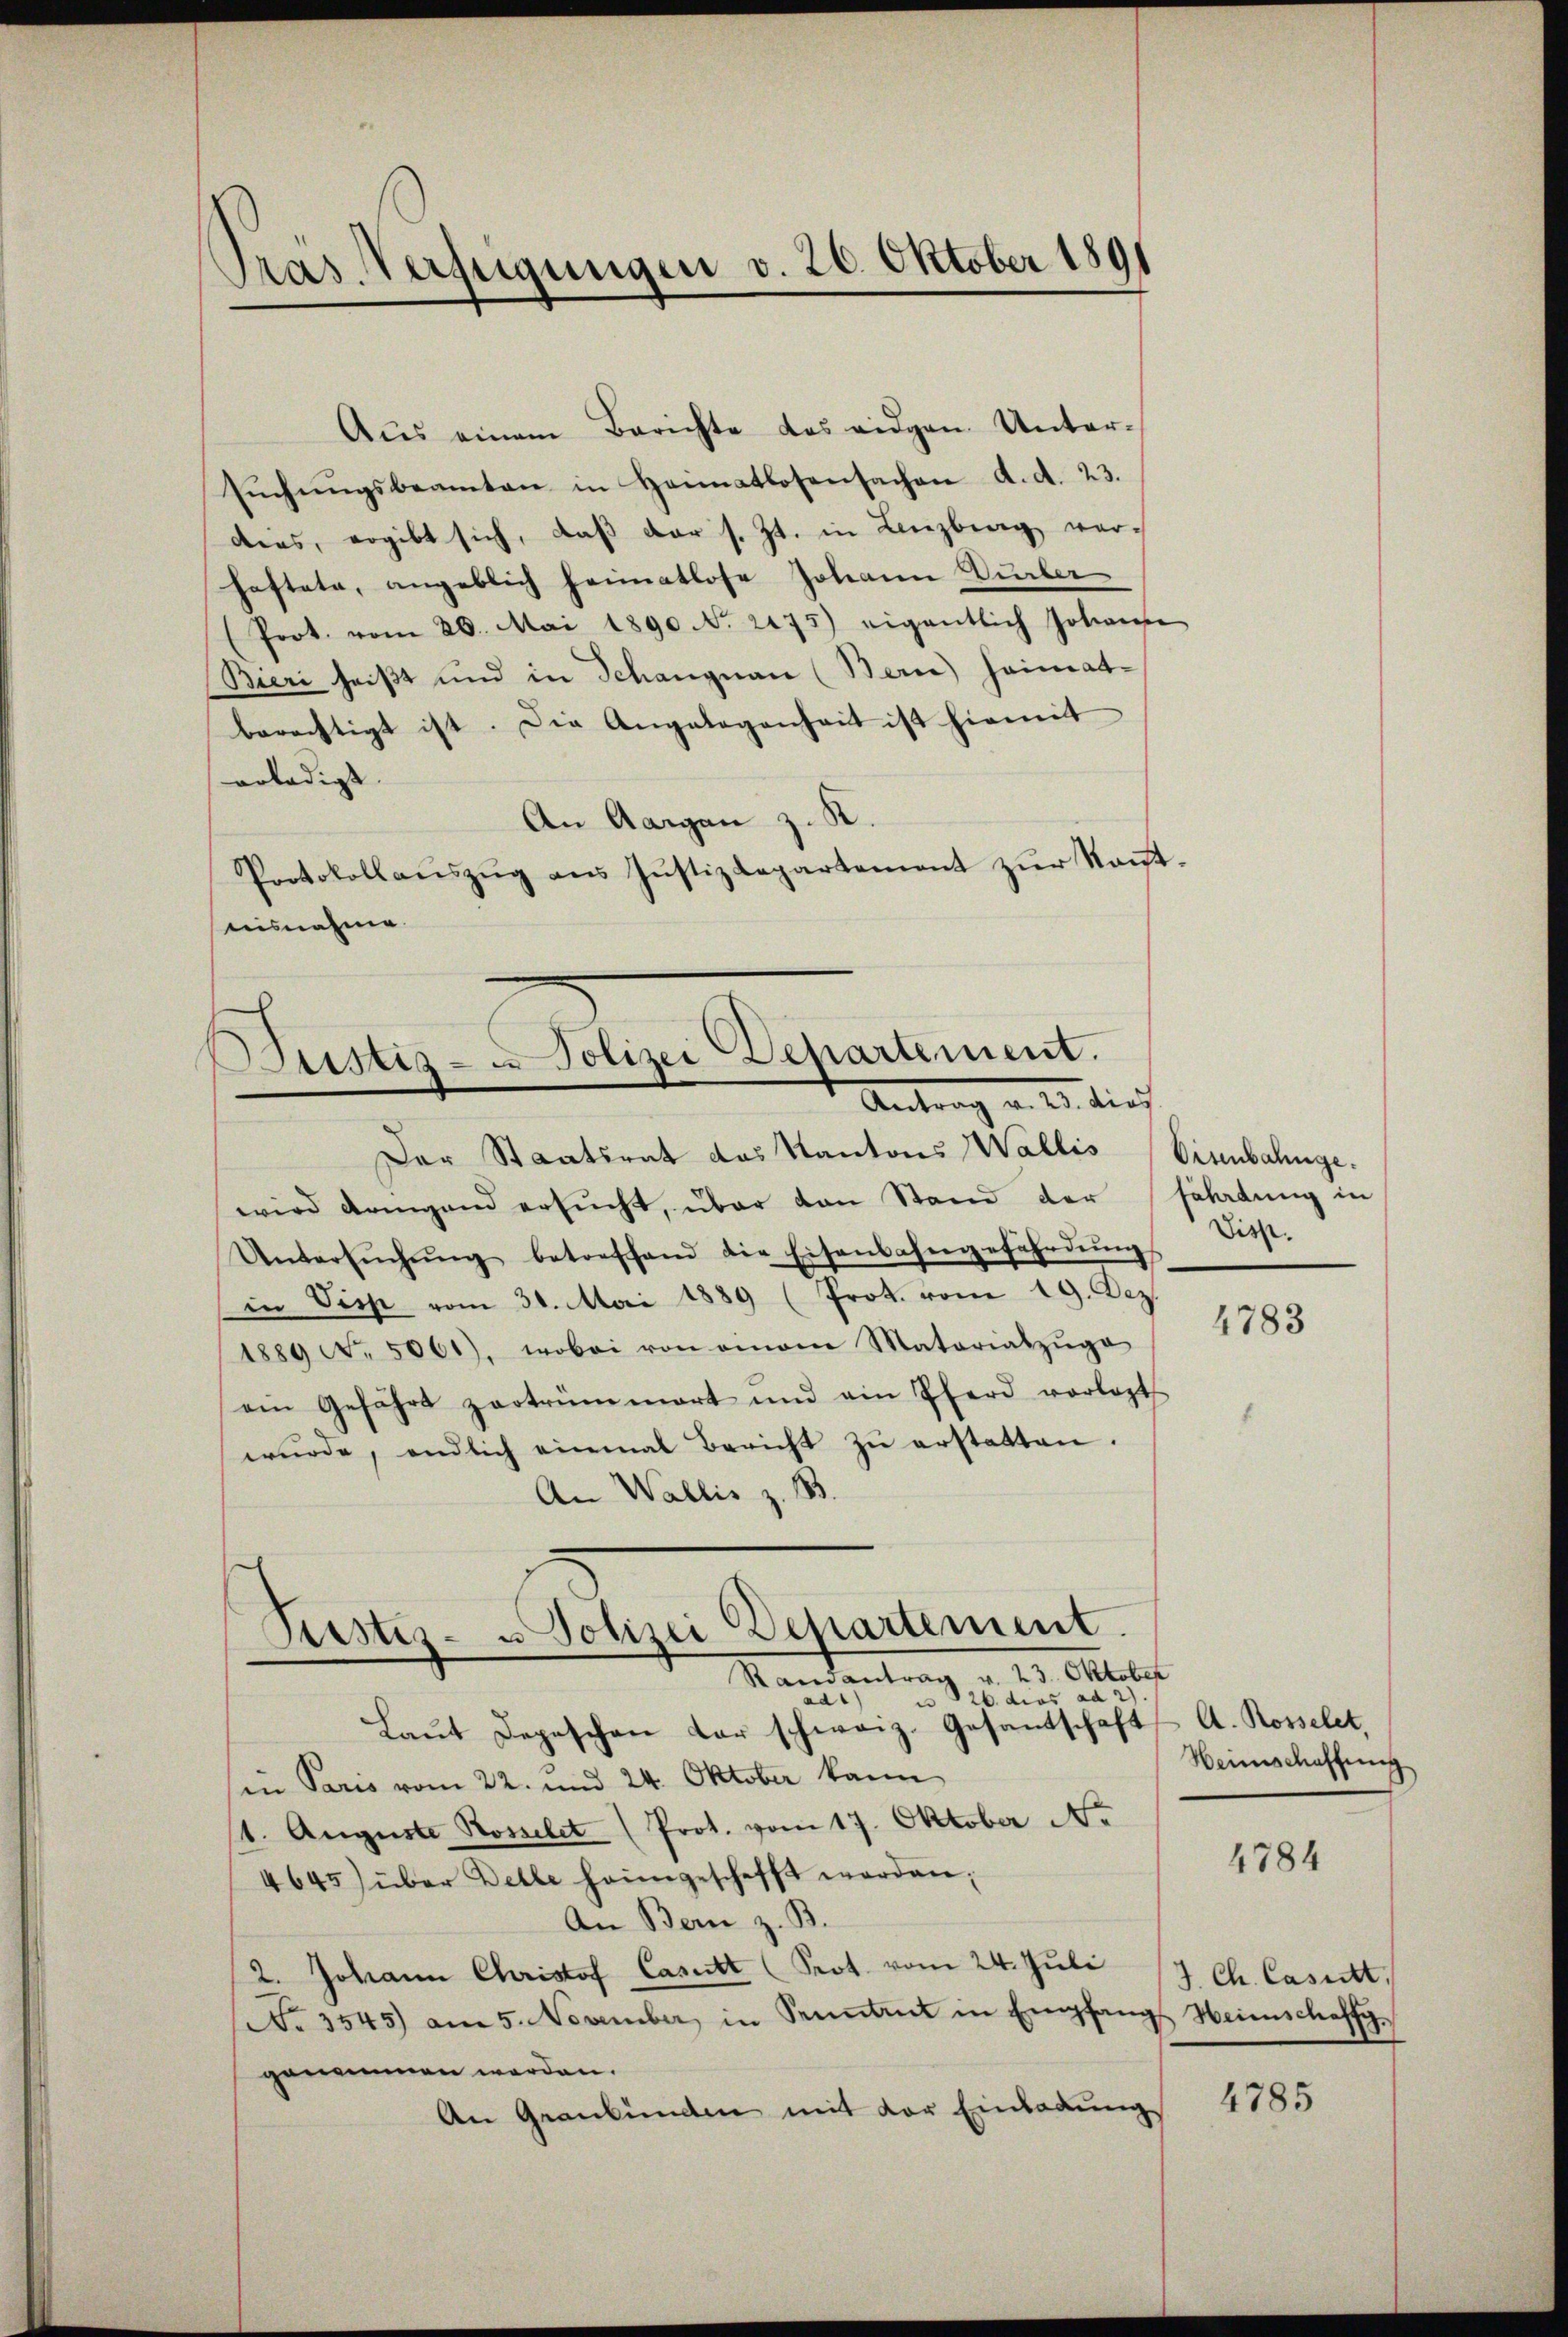
Tras Verfügungen v. 20. Oktober 1891

Aus einem Berichte des eidgen. Untersŭchŭngsbeamten in Heimatlosensachen d. d. 23.
dies, ergibt sich, daβ der s. Zt. in Lenzberg verhaftete, angeblich heimatlose Johann Durber
(Prot. vom 26. Mai 1890 No. 2075) eigentlich Johann
Bieri heißt und in Schangnau (Bern) Heimat-
berechtigt ist. Die Angelegenheit ist hiemit
erledigt.
An Aargau z. K.
Protokollaŭszŭg ans Justizdepartement zŭr Kaŭt-
ausnahme

Bustiz- u Polizei Departement.
Antrag v. 15. dies

Der Staatsrat das Kantons Wallis (Eisenbahngewird dringend ersucht, über den Stand der Feldung in
Untersŭchŭng betreffend die Eisenbahngefährdŭng desst.
in Disse vom 31. Mai 1889 (Prot. vom 19. Dez.
1889 No. 5061), wobei von einem Matariatzŭge
ein Gefährt zertrümmert und ain Pferd vorlegt
wŭrde, endlich einmal bericht zŭ erstatten.
An Wallis z. B.
26. dies ad 2.
)

Laŭt Depeschen der schweiz. Gesantschaft A. Rosselet,
sen Paris vom 22. und 24. Oktober kann
/1. Auguste Homelet (Prot. vom 17. Oktober Nr.
4645) über Delle heimgeschafft worden;
An Bern z. B.
2. Johann Christof Casett (Prot. vom 24. Juli
s. 3545) am 5. November in Sonntent in Empfangs Heimschaffgenommen werden.
An Graubünden mit der Einladung

Pustes- u Polizei Departement.
Randantrag v. 23. Oktober

4783

Heimschaffung

4784

J. Ch. Casett,

4785